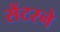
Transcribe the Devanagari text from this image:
सेंटरने